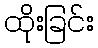
ထိုးခြင်း